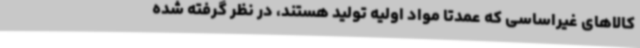
کالاهای غیراساسی که عمدتا مواد اولیه تولید هستند، در نظر گرفته شده